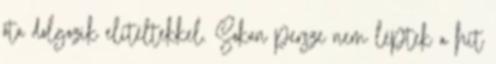
óta dolgozik elítéltekkel. Sokan persze nem léptek a hit